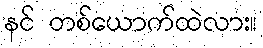
နင် တစ်ယောက်ထဲလား။